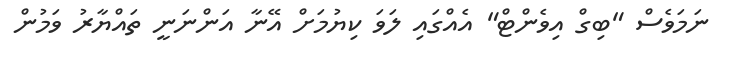
ނަމަވެސް "ބިގް އިވެންޓް" އެއްގައި ލަވަ ކިޔުމަށް އޭނާ އަންނަނީ ތައްޔާރު ވަމުން